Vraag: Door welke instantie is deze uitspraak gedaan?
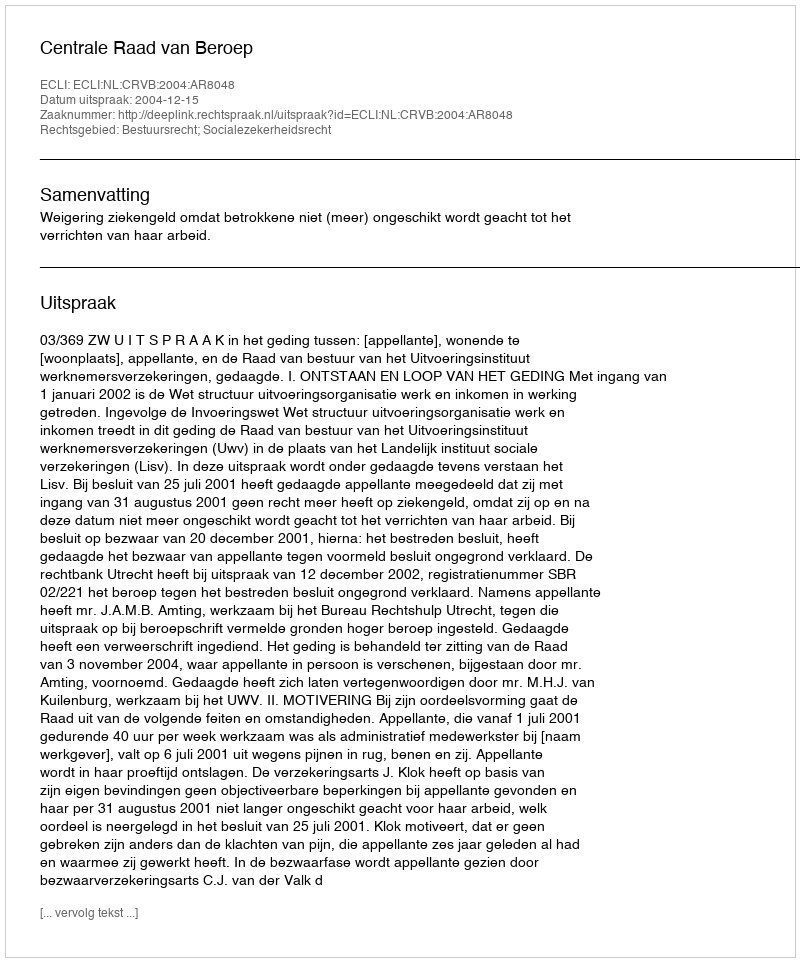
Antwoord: Centrale Raad van Beroep